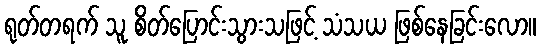
ရုတ်တရက် သူ စိတ်ပြောင်းသွားသဖြင့် သံသယ ဖြစ်နေခြင်းလော။